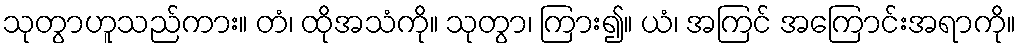
သုတွာဟူသည်ကား။ တံ၊ ထိုအသံကို။ သုတွာ၊ ကြား၍။ ယံ၊ အကြင် အကြောင်းအရာကို။